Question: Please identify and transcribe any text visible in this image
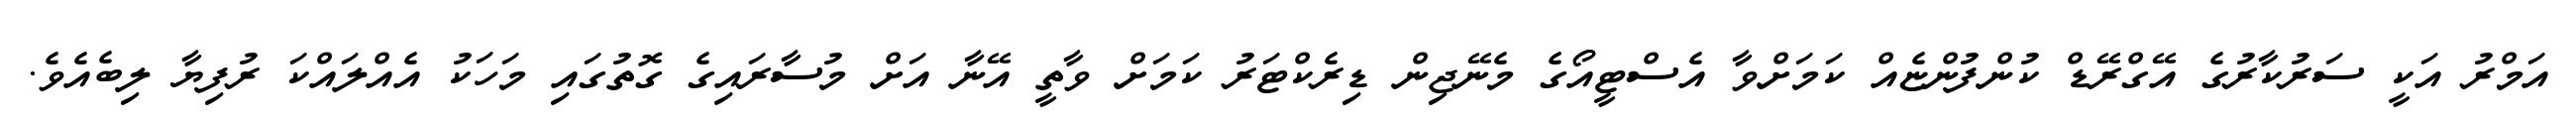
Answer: އަމްރު އަކީ ސަރުކާރުގެ އޭގްރޭޑް ކުންފުންޏެއް ކަމަށްވާ އެސްޓީއޯގެ މެނޭޖިން ޑިރެކްޓަރު ކަމަށް ވާތީ އޭނާ އަށް މުސާރައިގެ ގޮތުގައި މަހަކު އެއްލައްކަ ރުފިޔާ ލިބެއެވެ.